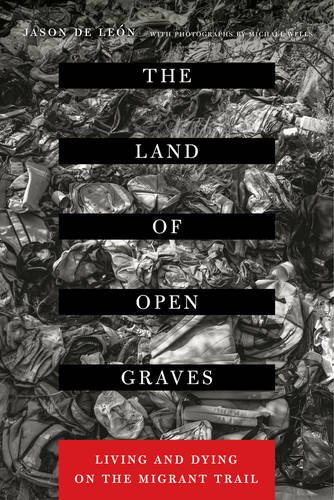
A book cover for The Land of Open Graves: Living and Dying on the Migrant Trail (California Series in Public Anthropology); Jason De LeÃ³n; Science & Math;